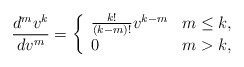
\begin{align*} \frac{d^mv^k}{dv^m}=\left\{\begin{array}{ll}\frac{k!}{(k-m)!}v^{k-m}& m\leq k,\\0 & m>k,\end{array}\right.\end{align*}